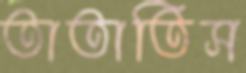
তাতাতিস